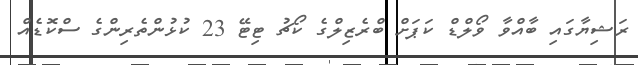
ރަޝިޔާގައި ބާއްވާ ވޯލްޑް ކަޕަށް ބްރެޒިލްގެ ކޯޗު ޓިޓޭ 23 ކުޅުންތެރިންގެ ސްކޮޑެއް